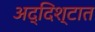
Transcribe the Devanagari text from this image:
अद्दिश्टात